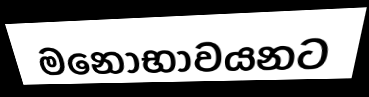
මනෝභාවයනට